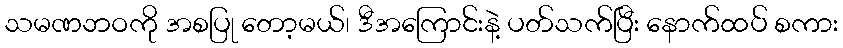
သမဏဘဝကို အစပြု တော့မယ်၊ ဒီအကြောင်းနဲ့ ပတ်သက်ပြီး နောက်ထပ် စကား